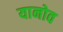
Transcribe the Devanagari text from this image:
यानोव